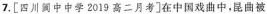
7.[四川中中学2019高二月考]在中国戏曲中，昆曲被